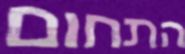
התחום